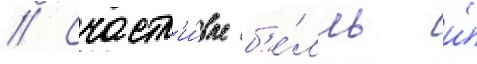
// Счастл'и́вые б'е́лль и́